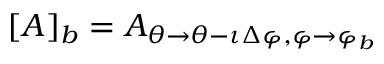
[ A ] _ { b } = A _ { \theta \rightarrow \theta - \iota \Delta \varphi , \varphi \rightarrow \varphi _ { b } }